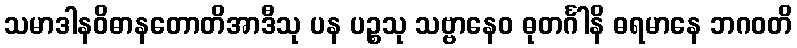
သမာဒါနဝိဓာနတောတိအာဒီသု ပန ပဉ္စသု သဗ္ဗာနေဝ ဓုတင်္ဂါနိ ဓရမာနေ ဘဂဝတိ